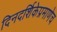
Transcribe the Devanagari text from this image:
दिनदर्शिकेप्रमाणेच